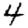
Digit: 4